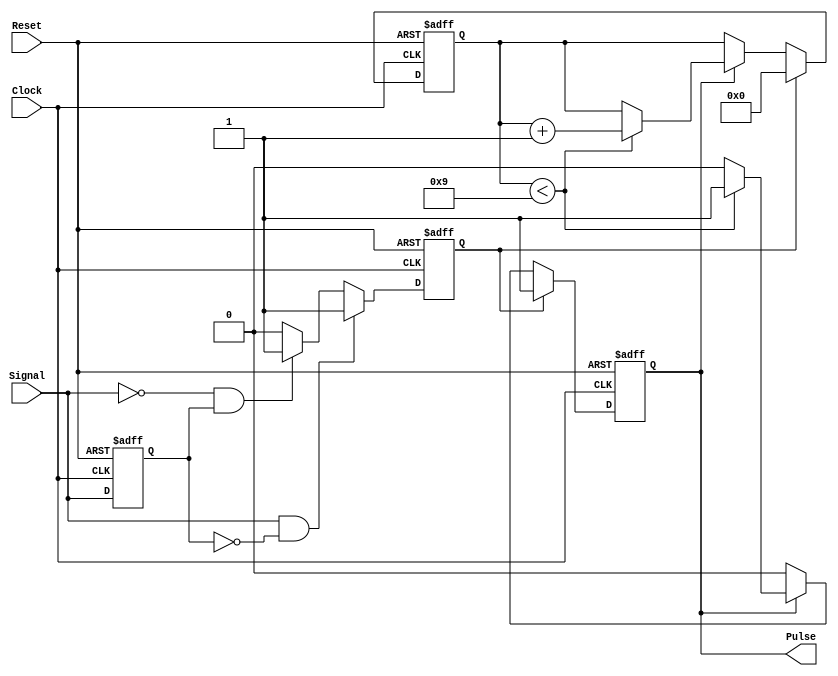
module MonostableEdgeDetector (
    input wire Signal,      // Input signal to detect edges
    input wire Clock,      // Clock signal
    input wire Reset,      // Reset signal
    output reg Pulse       // Output pulse
);

    // Parameters
    parameter PULSE_WIDTH = 10; // Duration of the output pulse in clock cycles

    // Internal signals
    reg Signal_d;            // Delayed version of the input signal
    reg [3:0] Counter;       // Counter for pulse width
    reg EdgeDetected;        // Edge detection flag

    // Edge detection logic
    always @(posedge Clock or posedge Reset) begin
        if (Reset) begin
            Signal_d <= 1'b0;
            EdgeDetected <= 1'b0;
        end else begin
            Signal_d <= Signal; // Store the current state of the signal
            // Detect rising or falling edge
            if (Signal && !Signal_d) begin
                EdgeDetected <= 1'b1; // Rising edge detected
            end else if (!Signal && Signal_d) begin
                EdgeDetected <= 1'b1; // Falling edge detected
            end else begin
                EdgeDetected <= 1'b0; // No edge detected
            end
        end
    end

    // Pulse generation logic
    always @(posedge Clock or posedge Reset) begin
        if (Reset) begin
            Pulse <= 1'b0;        // Reset pulse output
            Counter <= 4'b0000;   // Reset counter
        end else begin
            if (EdgeDetected) begin
                Pulse <= 1'b1;     // Start pulse
                Counter <= 4'b0000; // Reset counter
            end else if (Pulse) begin
                if (Counter < PULSE_WIDTH - 1) begin
                    Counter <= Counter + 1; // Increment counter
                end else begin
                    Pulse <= 1'b0; // End pulse after specified duration
                end
            end
        end
    end

endmodule